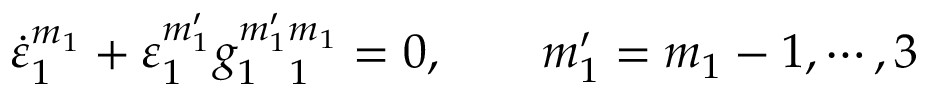
\dot { \varepsilon } _ { 1 } ^ { m _ { 1 } } + \varepsilon _ { 1 } ^ { m _ { 1 } ^ { \prime } } g _ { 1 ~ ~ 1 } ^ { m _ { 1 } ^ { \prime } m _ { 1 } } = 0 , ~ ~ ~ ~ ~ ~ m _ { 1 } ^ { \prime } = m _ { 1 } - 1 , \cdots , 3